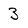
Character: 3